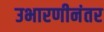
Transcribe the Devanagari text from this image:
उभारणीनंतर